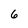
Character: 6